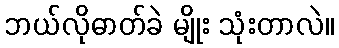
ဘယ်လိုဓာတ်ခဲ မျိုး သုံးတာလဲ။